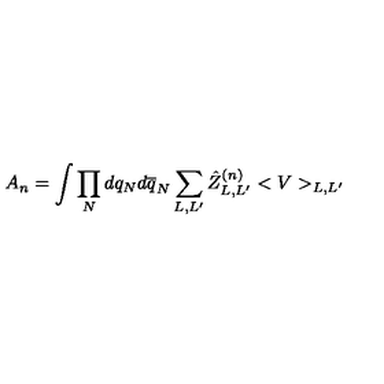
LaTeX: A _ { n } = \int \prod _ { N } d q _ { N } d \overline { q } _ { N } \sum _ { L , L ^ { \prime } } \hat { Z } _ { L , L ^ { \prime } } ^ { ( n ) } < V > _ { L , L ^ { \prime } }